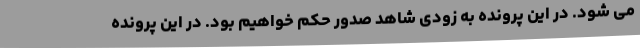
می شود. در این پرونده به زودی شاهد صدور حکم خواهیم بود. در این پرونده